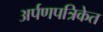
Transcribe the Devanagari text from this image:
अर्पणपत्रिकेत